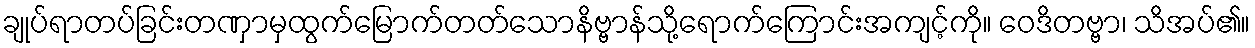
ချုပ်ရာတပ်ခြင်းတဏှာမှထွက်မြောက်တတ်သောနိဗ္ဗာန်သို့ရောက်ကြောင်းအကျင့်ကို။ ဝေဒိတဗ္ဗာ၊ သိအပ်၏။